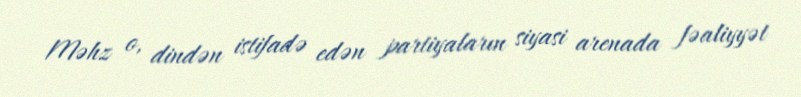
Məhz o, dindən istifadə edən partiyaların siyasi arenada fəaliyyət